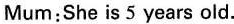
Mum: She is 5 years old.